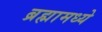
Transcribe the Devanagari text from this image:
ब्रह्मामध्ये